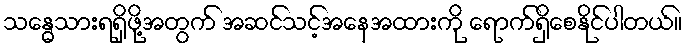
သန္ဓေသားရရှိဖို့အတွက် အဆင်သင့်အနေအထားကို ရောက်ရှိစေနိုင်ပါတယ်။